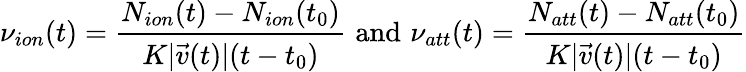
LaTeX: \nu_{ion}(t)=\frac{N_{ion}(t)-N_{ion}(t_{0})}{K|\vec{v}(t)|(t-t_{0})}\, \, \textup{and}\, \, \nu_{att}(t)=\frac{N_{att}(t)-N_{att}(t_{0})}{K|\vec{v}(t)|(t-t_{0})}